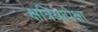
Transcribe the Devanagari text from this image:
क्षत्रियापेक्षा